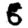
Digit: 6